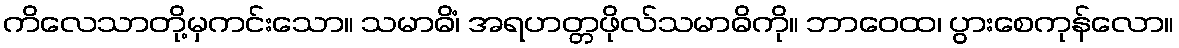
ကိလေသာတို့မှကင်းသော။ သမာဓိံ၊ အရဟတ္တဖိုလ်သမာဓိကို။ ဘာဝေထ၊ ပွားစေကုန်လော။